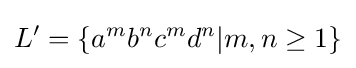
L'=\{a^{m}b^{n}c^{m}d^{n}|m,n\geq 1\}